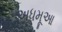
અધમૂઆ